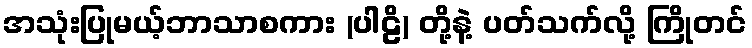
အသုံးပြုမယ့်ဘာသာစကား (ပါဠိ) တို့နဲ့ ပတ်သက်လို့ ကြိုတင်